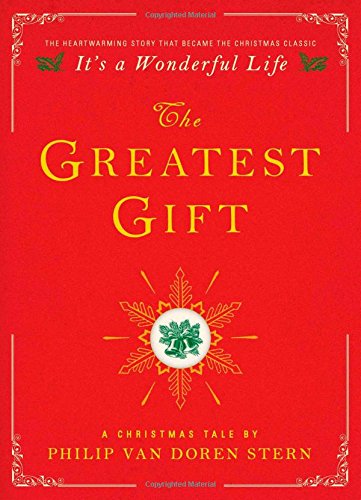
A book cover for The Greatest Gift: A Christmas Tale; Philip Van Doren Stern; Literature & Fiction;